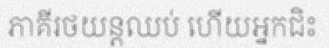
ភាគីរថយន្តឈប់ ហើយអ្នកជិះ